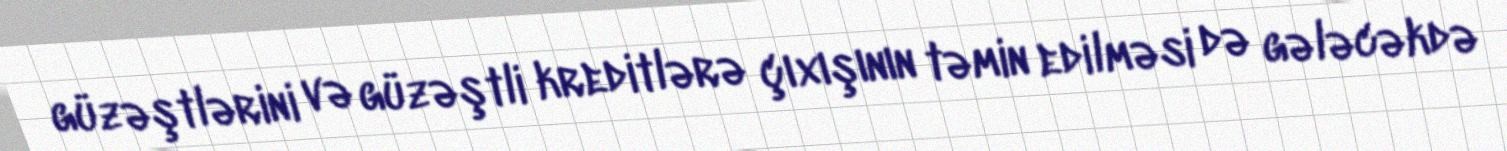
güzəştlərini və güzəştli kreditlərə çıxışının təmin edilməsi də gələcəkdə